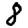
Digit: 8